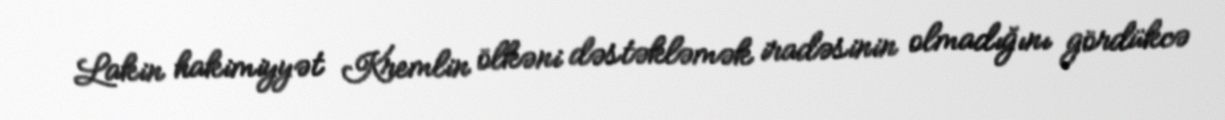
Lakin hakimiyyət Kremlin ölkəni dəstəkləmək iradəsinin olmadığını gördükcə